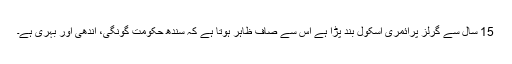
15 سال سے گرلز پرائمری اسکول بند پڑا ہے اس سے صاف ظاہر ہوتا ہے کہ سندھ حکومت گونگی، اندھی اور بہری ہے۔